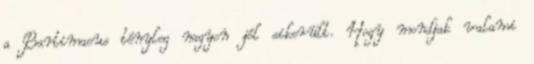
a Bartimaeus tényleg nagyon jól sikerült. Hogy mondjak valami